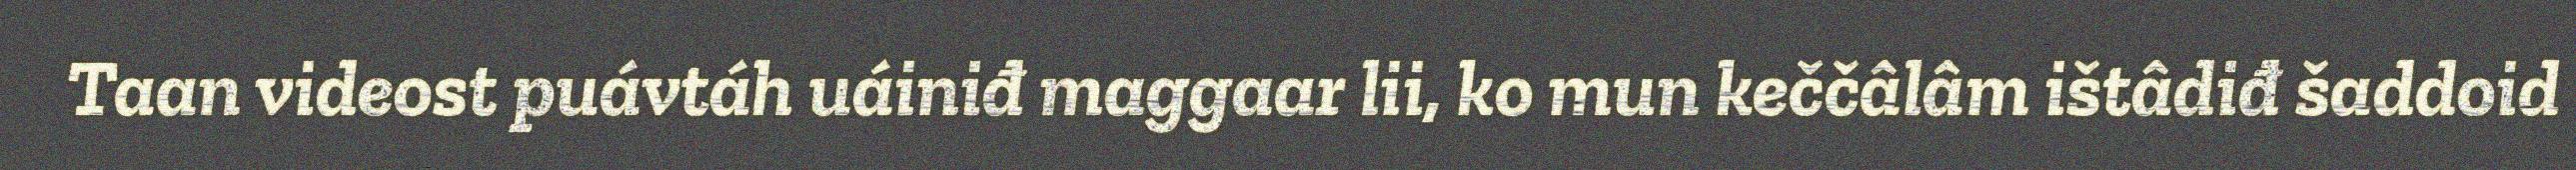
Taan videost puávtáh uáiniđ maggaar lii, ko mun keččâlâm ištâdiđ šaddoid